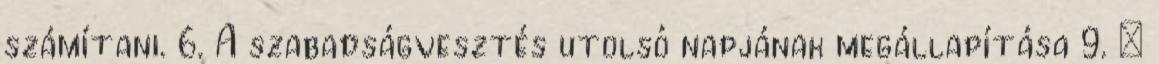
számítani. 6. A szabadságvesztés utolsó napjának megállapítása 9. §